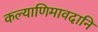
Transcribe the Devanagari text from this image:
कल्याणिमावदानि